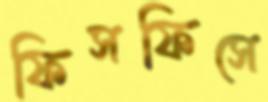
ফিসফিসে